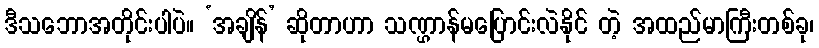
ဒီသဘောအတိုင်းပါပဲ။ ‘အချိန်’ ဆိုတာဟာ သဏ္ဌာန်မပြောင်းလဲနိုင် တဲ့ အထည်မာကြီးတစ်ခု၊